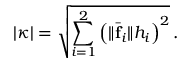
| \kappa | = \sqrt { \sum _ { i = 1 } ^ { 2 } \left( \| \bar { \bf f } _ { i } \| h _ { i } \right) ^ { 2 } } \, .